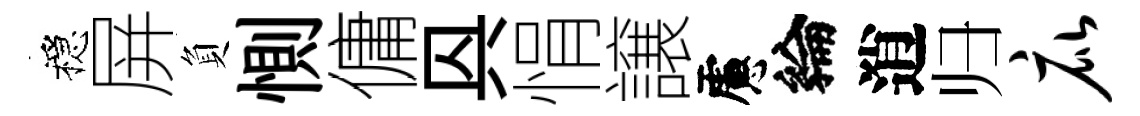
穩屏負惻傭㒷悁譲慮綸逍归庇